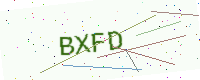
Text: BXFD